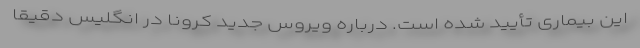
این بیماری تأیید شده است. درباره ویروس جدید کرونا در انگلیس دقیقا